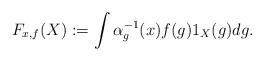
LaTeX: \begin{align*} F_{x,f}(X):=\int \alpha_{g}^{-1}(x)f(g)1_{X}(g)dg. \end{align*}